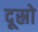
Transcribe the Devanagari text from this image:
दूस्रो